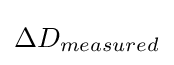
\Delta D_{measured}